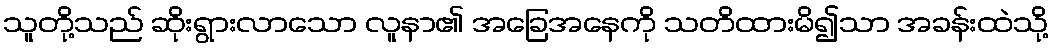
သူတို့သည် ဆိုးရွားလာသော လူနာ၏ အခြေအနေကို သတိထားမိ၍သာ အခန်းထဲသို့